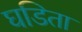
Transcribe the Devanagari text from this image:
घडिता